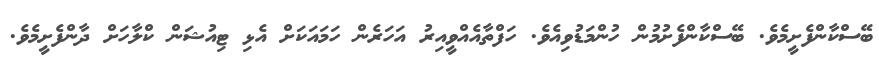
ބޭސްކާންފެށީމެވެ. ބޭސްކާންފެށުމުން ހުންމަޑުވިއެވެ. ހަފްތާއެއްވީއިރު އަހަރެން ހަމައަކަށް އެޅި ޓިއުޝަން ކްލާހަށް ދާންފެށީމެވެ.